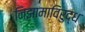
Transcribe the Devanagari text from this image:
निझामाविरुद्ध